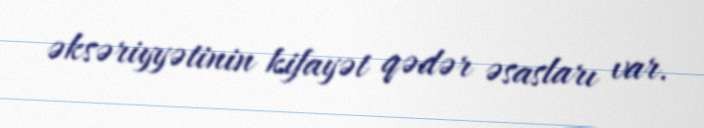
əksəriyyətinin kifayət qədər əsasları var.